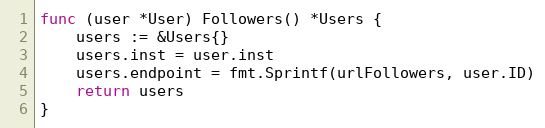
Language: Go
func (user *User) Followers() *Users {
	users := &Users{}
	users.inst = user.inst
	users.endpoint = fmt.Sprintf(urlFollowers, user.ID)
	return users
}